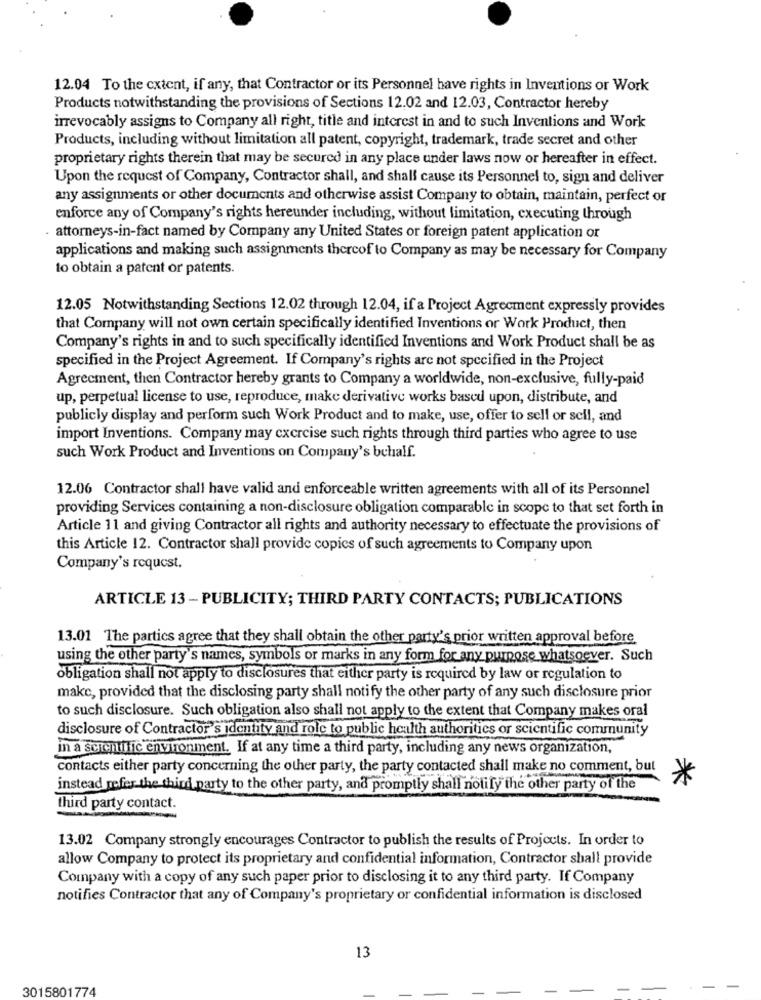
12.04 To the extent, if any, that Contractor or its Personnel have rights in Inventions or Work
Products notwithstanding the provisions of Sections 12.02 and 12.03, Contractor hereby
irrevocably assigns to Company all right, title and interest in and to such Inventions and Work
Products, including without limitation all patent, copyright, trademark, trade secret and other
proprietary rights therein that may be secured in any place under laws now or hereafter in effect.
Upon the request of Company, Contractor shall, and shall cause its Personnel to, sign and deliver
any assignments or other documents and otherwise assist Company to obtain, maintain, perfect or
enforce any of Company's rights hereunder including, without limitation, executing through
attorneys-in-fact named by Company any United States or foreign patent application or
applications and making such assignments thereof to Company as may be necessary for Company
to obtain a patent or patents.
12.05 Notwithstanding Sections 12.02 through 12.04, if a Project Agreement expressly provides
that Company will not own certain specifically identified Inventions or Work Product, then
Company's rights in and to such specifically identified Inventions and Work Product shall be as
specified in the Project Agreement. If Company's rights are not specified in the Project
Agreement, then Contractor hereby grants to Company a worldwide, non-exclusive, fully-paid
up, perpetual license to use, reproduce, make derivative works based upon, distribute, and
publicly display and perform such Work Product and to make, use, offer to sell or sell, and
import Inventions. Company may exercise such rights through third parties who agree to use
such Work Product and Inventions on Company's behalf.
12.06 Contractor shall have valid and enforceable written agreements with all of its Personnel
providing Services containing a non-disclosure obligation comparable in scope to that set forth in
Article 11 and giving Contractor all rights and authority necessary to effectuate the provisions of
this Article 12. Contractor shall provide copies of such agreements to Company upon
Company's request.
ARTICLE 13 - PUBLICITY; THIRD PARTY CONTACTS; PUBLICATIONS
13.01 The parties agree that they shall obtain the other party's prior written approval before.
using the other party's names, symbols or marks in any form for any purpose whatsoever. Such
obligation shall not apply to disclosures that either party is required by law or regulation to
make, provided that the disclosing party shall notify the other party of any such disclosure prior
to such disclosure. Such obligation also shall not apply to the extent that Company makes oral
disclosure of Contractor's identity and role to public health authorities or scientific community
in a scientific environment. If at any time a third party, including any news organization,
contacts either party concerning the other party, the party contacted shall make no comment, but
instead mefer the third party to the other party, and promptly shall notify the other party of the
third party contact.
13.02 Company strongly encourages Contractor to publish the results of Projects. In order to
allow Company to protect its proprietary and confidential information, Contractor shall provide
Company with a copy of any such paper prior to disclosing it to any third party. If Company
notifies Contractor that any of Company's proprietary or confidential information is disclosed
13
3015801774